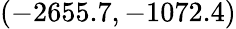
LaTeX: (-2655.7,-1072.4)